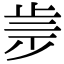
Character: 𣥩